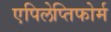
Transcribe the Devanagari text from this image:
एपिलेप्तिफोर्म